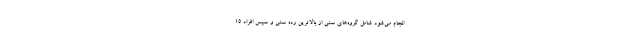
انجام می‌شود شامل گروه‌های سنی از بالاترین ردهٔ سنی و سپس افراد 15